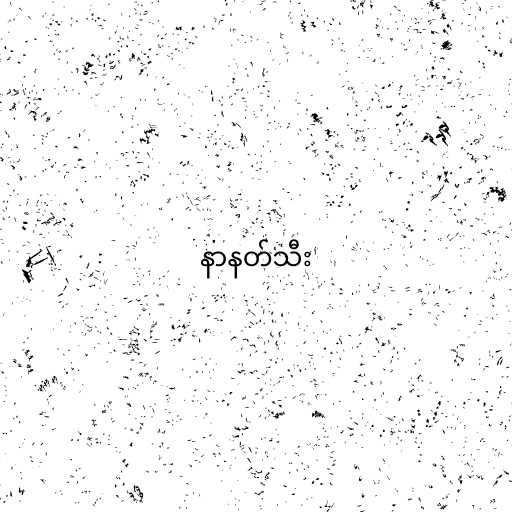
နာနတ်သီး